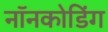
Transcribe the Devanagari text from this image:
नॉनकोडिंग